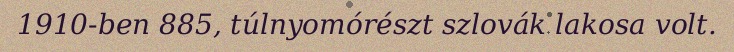
1910-ben 885, túlnyomórészt szlovák lakosa volt.